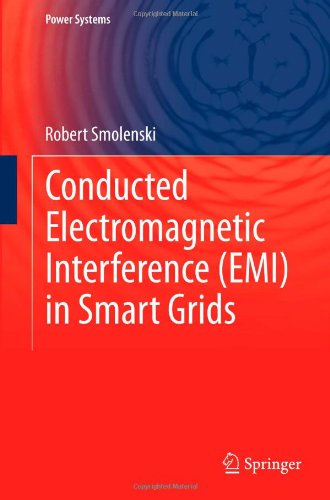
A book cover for Conducted Electromagnetic Interference (EMI) in Smart Grids (Power Systems); Robert Smolenski; Engineering & Transportation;